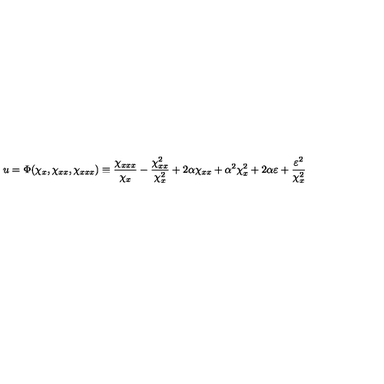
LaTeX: u = \Phi ( \chi _ { x } , \chi _ { x x } , \chi _ { x x x } ) \equiv \frac { \chi _ { x x x } } { \chi _ { x } } - \frac { \chi _ { x x } ^ { 2 } } { \chi _ { x } ^ { 2 } } + 2 \alpha \chi _ { x x } + \alpha ^ { 2 } \chi _ { x } ^ { 2 } + 2 \alpha \varepsilon + \frac { \varepsilon ^ { 2 } } { \chi _ { x } ^ { 2 } }